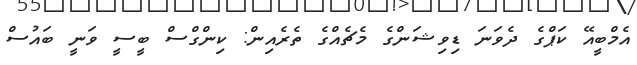
އެމްބީއޭ ކަޕްގެ ދެވަނަ ޑިވިޝަންގެ މެޗެއްގެ ތެރެއިން: ކިންގްސް ބީސީ ވަނީ ބައުސް